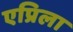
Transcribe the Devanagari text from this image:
एप्रिला